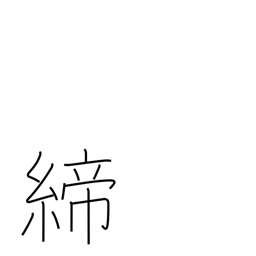
Meaning: tighten